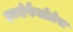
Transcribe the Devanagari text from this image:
एनसेफैलोर्टस